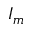
I _ { m }